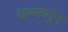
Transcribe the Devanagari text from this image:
धान्यातून